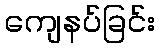
ကျေနပ်ခြင်း